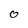
Character: O